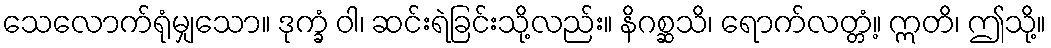
သေလောက်ရုံမျှသော။ ဒုက္ခံ ဝါ၊ ဆင်းရဲခြင်းသို့လည်း။ နိဂစ္ဆသိ၊ ရောက်လတ္တံ့။ ဣတိ၊ ဤသို့။